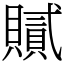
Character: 𧸐